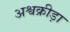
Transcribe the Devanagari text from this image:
अश्वक्रीड़ा